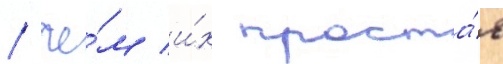
/ че́м и́х проста́я